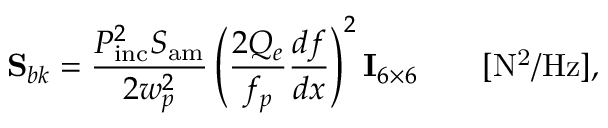
{ \bf S } _ { b k } = \frac { P _ { \mathrm { i n c } } ^ { 2 } S _ { \mathrm { a m } } } { 2 w _ { p } ^ { 2 } } \left( \frac { 2 Q _ { e } } { f _ { p } } \frac { d f } { d x } \right) ^ { 2 } { \bf I } _ { 6 \times 6 } \qquad [ \mathrm { N ^ { 2 } / H z } ] ,